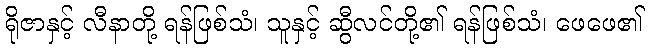
ရိုဇာနှင့် လီနာတို့ ရန်ဖြစ်သံ၊ သူနှင့် ဆွီလင်တို့၏ ရန်ဖြစ်သံ၊ ဖေဖေ၏